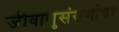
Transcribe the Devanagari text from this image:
जीवाणुसंसर्गाचा